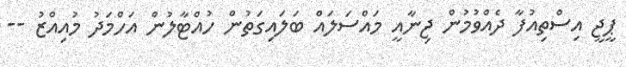
ޕީޖީ އިސްތިއުފާ ދެއްވުމުން ޖިނާއީ މައްސަލައް ބަލައިގަތުން ހުއްޓާލުން އަހްމަދު މުއިއްޒު --